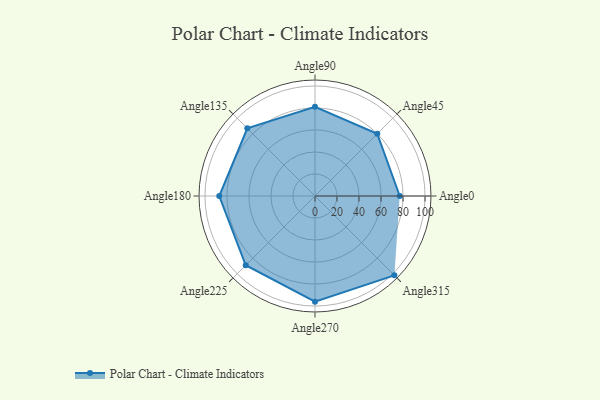
{"axis": {"x": "Angle", "y": "Radius"}, "legend": [""], "data": [{"x": "Angle0", "y": 77.0, "type": ""}, {"x": "Angle45", "y": 80.0, "type": ""}, {"x": "Angle90", "y": 81.0, "type": ""}, {"x": "Angle135", "y": 87.0, "type": ""}, {"x": "Angle180", "y": 87.0, "type": ""}, {"x": "Angle225", "y": 89.0, "type": ""}, {"x": "Angle270", "y": 96.0, "type": ""}, {"x": "Angle315", "y": 102.0, "type": ""}]}